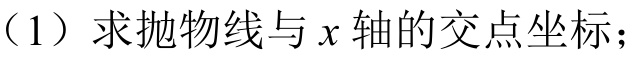
（1）求抛物线与\(x\)轴的交点坐标；